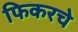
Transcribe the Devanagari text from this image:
फिकरचे